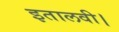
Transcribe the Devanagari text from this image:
इतालवी।